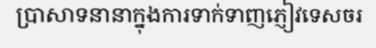
ប្រាសាទនានាក្នុងការទាក់ទាញភ្ញៀវទេសចរ